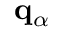
\mathbf { q } _ { \alpha }